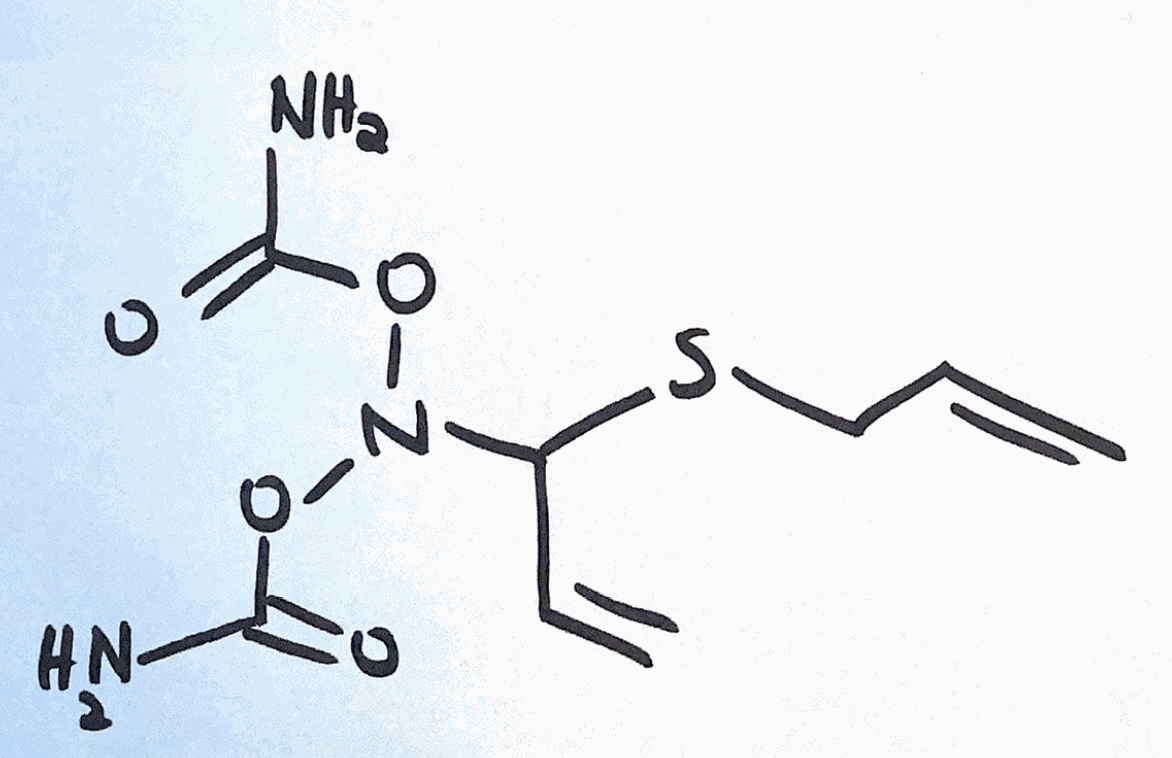
Simplified molecular-input line-entry system (SMILES) notation of the given molecule:
C=CCSC(C=C)N(OC(=O)N)OC(=O)N